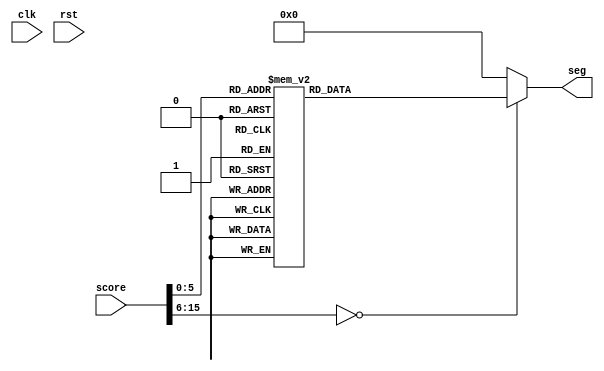
/*
   This file was generated automatically by the Mojo IDE version B1.3.6.
   Do not edit this file directly. Instead edit the original Lucid source.
   This is a temporary file and any changes made to it will be destroyed.
*/

module display_2 (
    input clk,
    input rst,
    input [15:0] score,
    output reg [13:0] seg
  );
  
  
  
  always @* begin
    
    case (score)
      16'h0000: begin
        seg = 14'h0081;
      end
      16'h0001: begin
        seg = 14'h00cf;
      end
      16'h0002: begin
        seg = 14'h0092;
      end
      16'h0003: begin
        seg = 14'h0086;
      end
      16'h0004: begin
        seg = 14'h00cc;
      end
      16'h0005: begin
        seg = 14'h00a4;
      end
      16'h0006: begin
        seg = 14'h00a0;
      end
      16'h0007: begin
        seg = 14'h008f;
      end
      16'h0008: begin
        seg = 14'h0080;
      end
      16'h0009: begin
        seg = 14'h0084;
      end
      16'h000a: begin
        seg = 14'h2781;
      end
      16'h000b: begin
        seg = 14'h27cf;
      end
      16'h000c: begin
        seg = 14'h2792;
      end
      16'h000d: begin
        seg = 14'h2786;
      end
      16'h000e: begin
        seg = 14'h27cc;
      end
      16'h000f: begin
        seg = 14'h27a4;
      end
      16'h0010: begin
        seg = 14'h27a0;
      end
      16'h0011: begin
        seg = 14'h278f;
      end
      16'h0012: begin
        seg = 14'h2780;
      end
      16'h0013: begin
        seg = 14'h2784;
      end
      16'h0014: begin
        seg = 14'h0901;
      end
      16'h0015: begin
        seg = 14'h094f;
      end
      16'h0016: begin
        seg = 14'h0912;
      end
      16'h0017: begin
        seg = 14'h0906;
      end
      16'h0018: begin
        seg = 14'h094c;
      end
      16'h0019: begin
        seg = 14'h0924;
      end
      16'h001a: begin
        seg = 14'h0920;
      end
      16'h001b: begin
        seg = 14'h090f;
      end
      16'h001c: begin
        seg = 14'h0900;
      end
      16'h001d: begin
        seg = 14'h0904;
      end
      16'h001e: begin
        seg = 14'h0301;
      end
      16'h001f: begin
        seg = 14'h034f;
      end
      16'h0020: begin
        seg = 14'h0312;
      end
      16'h0021: begin
        seg = 14'h0306;
      end
      16'h0022: begin
        seg = 14'h034c;
      end
      16'h0023: begin
        seg = 14'h0324;
      end
      16'h0024: begin
        seg = 14'h0320;
      end
      16'h0025: begin
        seg = 14'h030f;
      end
      16'h0026: begin
        seg = 14'h0300;
      end
      16'h0027: begin
        seg = 14'h0304;
      end
      16'h0028: begin
        seg = 14'h2601;
      end
      default: begin
        seg = 14'h0000;
      end
    endcase
  end
endmodule